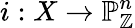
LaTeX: i:X\to\mathbb{P}_{\mathbb{Z}}^{n}